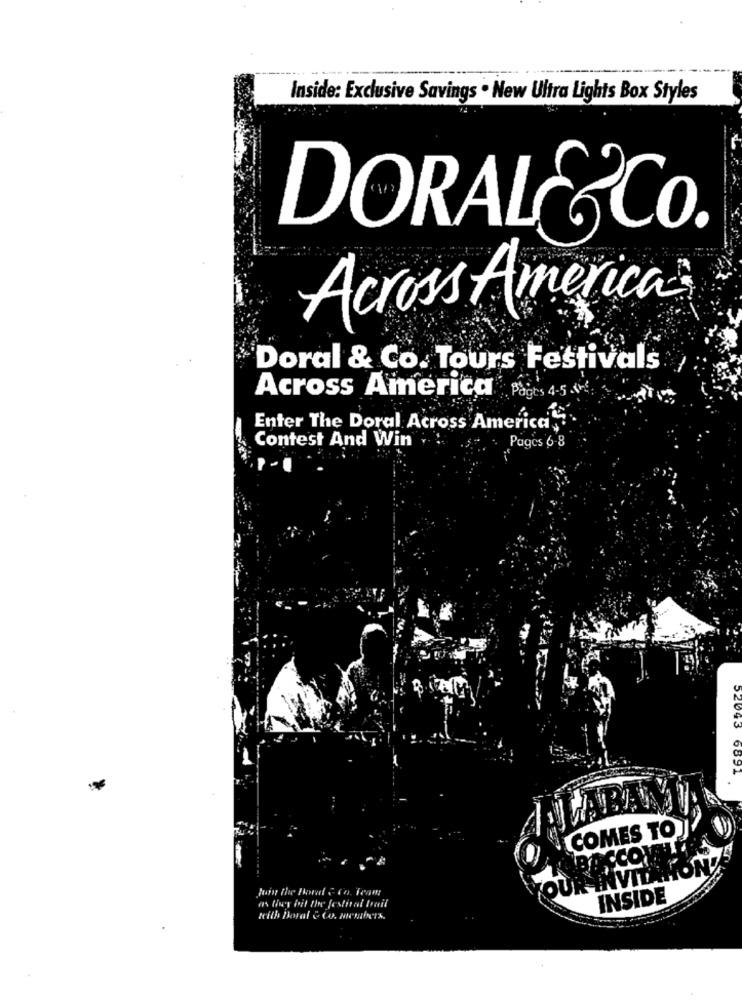
Inside: Exclusive Savings . New Ultra Lights Box Styles
DORAL&CO.
Across America
Doral & Co. Tours Festivals
Across America Pages 4-5 th
Enter The Doral Across America
Contest And Win ; .
Pages 6-8
52043
COMES TO
ATON
NVID
as they bit the festival trail
INSIDE
with Doral & Co. members.